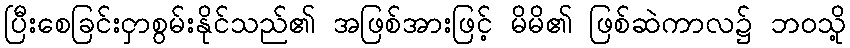
ပြီးစေခြင်းငှာစွမ်းနိုင်သည်၏ အဖြစ်အားဖြင့် မိမိ၏ ဖြစ်ဆဲကာလ၌ ဘဝသို့